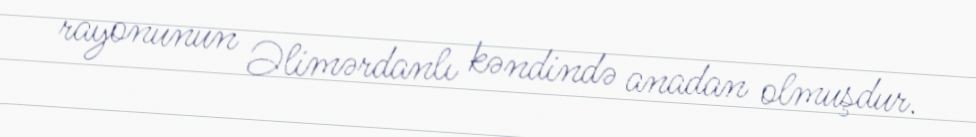
rayonunun Əlimərdanlı kəndində anadan olmuşdur.